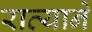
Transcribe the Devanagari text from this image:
राव्याने